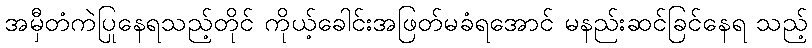
အမှီတံကဲပြုနေရသည့်တိုင် ကိုယ့်ခေါင်းအဖြတ်မခံရအောင် မနည်းဆင်ခြင်နေရ သည့်